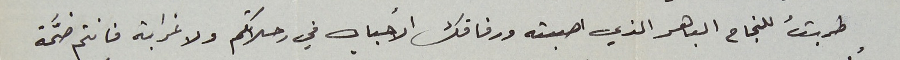
طريقُ للنجاح الباهر الذي اصبته ورفاقك الأحباب في رحلاتكم ولا غرابة فانتم ضمَّة